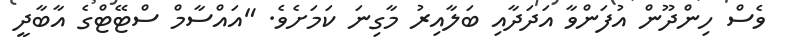
ވެސް ހިންދޫން އުފަންވާ އަދަދާއި ބަލާއިރު މާގިނަ ކަމަށެވެ. "އައްސާމް ސްޓޭޓްގެ އާބާދީ